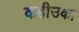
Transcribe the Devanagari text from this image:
कहीउका